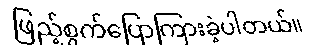
ဖြည့်စွက်ပြောကြားခဲ့ပါတယ်။